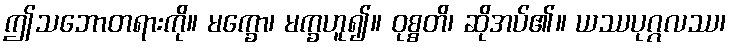
ဤသဘောတရားကို။ မက္ခော၊ မက္ခဟူ၍။ ဝုစ္စတိ၊ ဆိုအပ်၏။ ယဿပုဂ္ဂလဿ၊